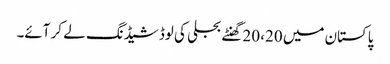
پاکستان میں 20، 20 گھنٹے بجلی کی لوڈشیڈنگ لے کر آئے۔